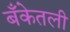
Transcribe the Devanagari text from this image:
बँकेतली